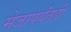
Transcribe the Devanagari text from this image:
मेजापर्यंतही